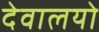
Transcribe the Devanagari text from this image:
देवालयो